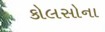
કોલસોના